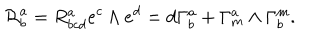
{ \cal R } _ { b } ^ { a } = R _ { b c d } ^ { a } e ^ { c } \wedge e ^ { d } = d \Gamma _ { b } ^ { a } + \Gamma _ { m } ^ { a } \wedge \Gamma _ { b } ^ { m } .